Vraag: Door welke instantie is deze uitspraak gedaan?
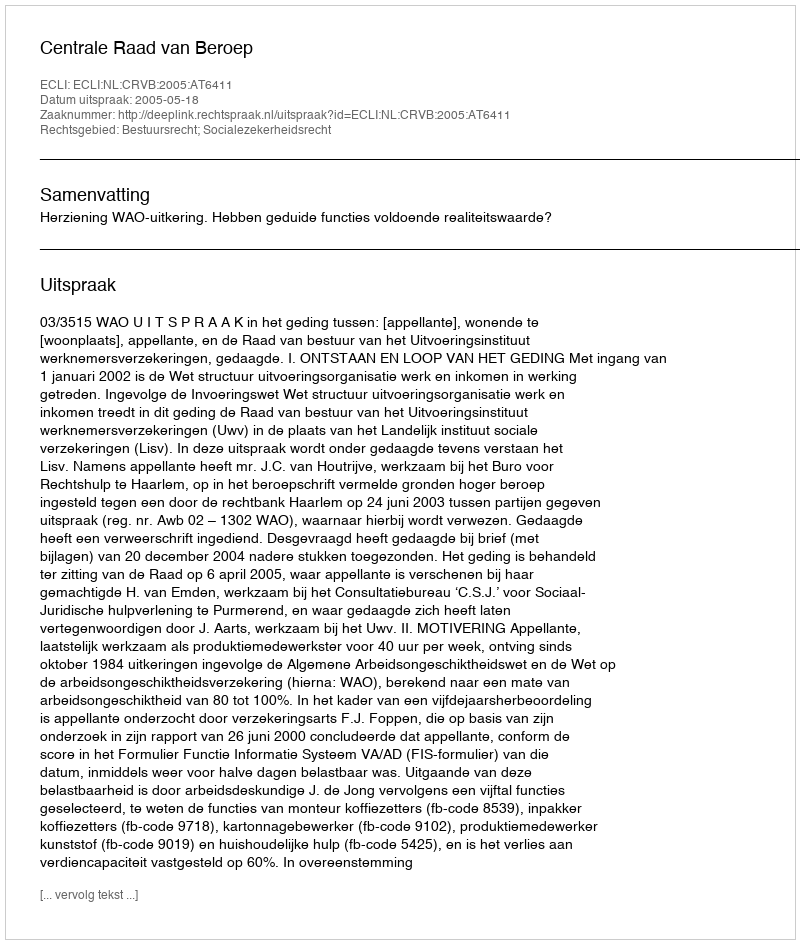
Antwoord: Centrale Raad van Beroep